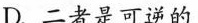
D.二者是可逆的